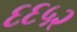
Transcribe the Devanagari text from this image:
६६५२